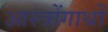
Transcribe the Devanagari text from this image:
आस्त्रोंगाथों